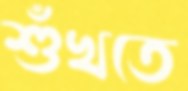
শুঁখতে